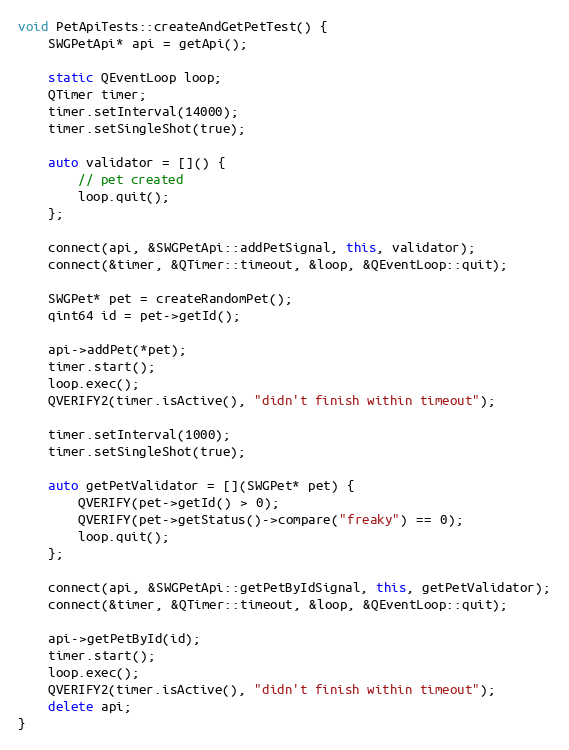
Language: C++
void PetApiTests::createAndGetPetTest() {
    SWGPetApi* api = getApi();

    static QEventLoop loop;
    QTimer timer;
    timer.setInterval(14000);
    timer.setSingleShot(true);

    auto validator = []() {
        // pet created
        loop.quit();
    };

    connect(api, &SWGPetApi::addPetSignal, this, validator);
    connect(&timer, &QTimer::timeout, &loop, &QEventLoop::quit);

    SWGPet* pet = createRandomPet();
    qint64 id = pet->getId();

    api->addPet(*pet);
    timer.start();
    loop.exec();
    QVERIFY2(timer.isActive(), "didn't finish within timeout");

    timer.setInterval(1000);
    timer.setSingleShot(true);

    auto getPetValidator = [](SWGPet* pet) {
        QVERIFY(pet->getId() > 0);
        QVERIFY(pet->getStatus()->compare("freaky") == 0);
        loop.quit();
    };

    connect(api, &SWGPetApi::getPetByIdSignal, this, getPetValidator);
    connect(&timer, &QTimer::timeout, &loop, &QEventLoop::quit);

    api->getPetById(id);
    timer.start();
    loop.exec();
    QVERIFY2(timer.isActive(), "didn't finish within timeout");
    delete api;
}